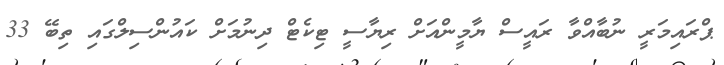
ޕްރައިމަރީ ނުބާއްވާ ރައީސް ޔާމީންއަށް ރިޔާސީ ޓިކެޓް ދިނުމަށް ކައުންސިލްގައި ތިބޭ 33